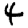
Digit: 4